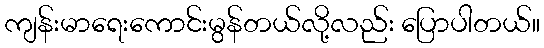
ကျန်းမာရေးကောင်းမွန်တယ်လို့လည်း ပြောပါတယ်။